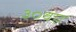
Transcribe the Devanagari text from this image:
३०वए